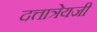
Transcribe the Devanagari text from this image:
दत्तात्रेयजी